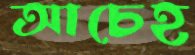
আচেহ